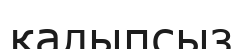
қалыпсыз